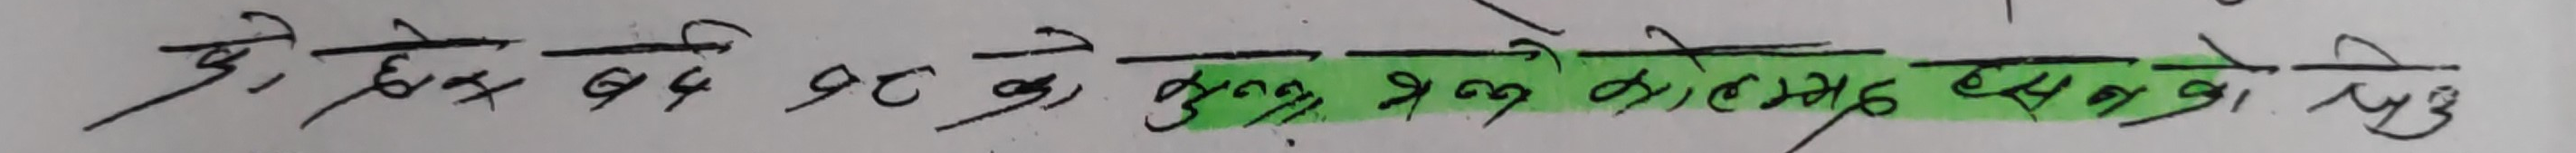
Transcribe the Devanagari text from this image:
यो हेर छैन बढे तर जे कुरा भन्न खोजेको लगभग एउटै सिद्ध